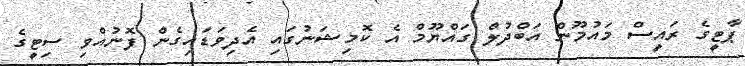
ޕާޓީގެ ރައީސް މައުމޫން އަބްދުލް ގައްޔޫމް އެ ކޮމިޝަނުގައި އެދިވަޑައިގެން ފޮނުއްވި ސިޓީގެ